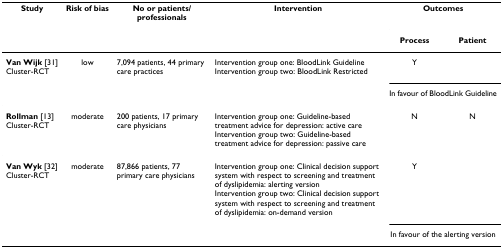
| Study | Risk of bias | No or patients/professionals | Intervention | <COLSPAN=2> Outcomes |
 |  |  |  |  | Process | Patient |
 | --- | --- | --- | --- | --- | --- |
 | Van Wijk [31]Cluster-RCT | low | 7,094 patients, 44 primary care practices | Intervention group one: BloodLink GuidelineIntervention group two: BloodLink Restricted | Y |  |
 |  |  |  |  | <COLSPAN=2> In favour of BloodLink Guideline |
 | Rollman [13]Cluster-RCT | moderate | 200 patients, 17 primary care physicians | Intervention group one: Guideline-based treatment advice for depression: active careIntervention group two: Guideline-based treatment advice for depression: passive care | N | N |
 | Van Wyk [32]Cluster-RCT | moderate | 87,866 patients, 77 primary care physicians | Intervention group one: Clinical decision support system with respect to screening and treatment of dyslipidemia: alerting versionIntervention group two: Clinical decision support system with respect to screening and treatment of dyslipidemia: on-demand version | Y |  |
 |  |  |  |  | <COLSPAN=2> In favour of the alerting version |